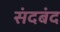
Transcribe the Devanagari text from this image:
संदबंद